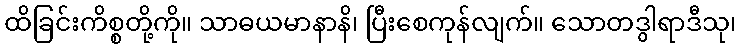
ထိခြင်းကိစ္စတို့ကို။ သာဓယမာနာနိ၊ ပြီးစေကုန်လျက်။ သောတဒွါရာဒီသု၊